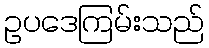
ဥပဒေကြမ်းသည်